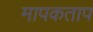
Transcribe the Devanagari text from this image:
मापकताप